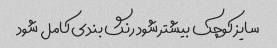
سایز کوچک بیشتر شود رنگ بندی کامل شود